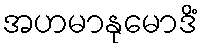
အဟမာနုမောဒိံ